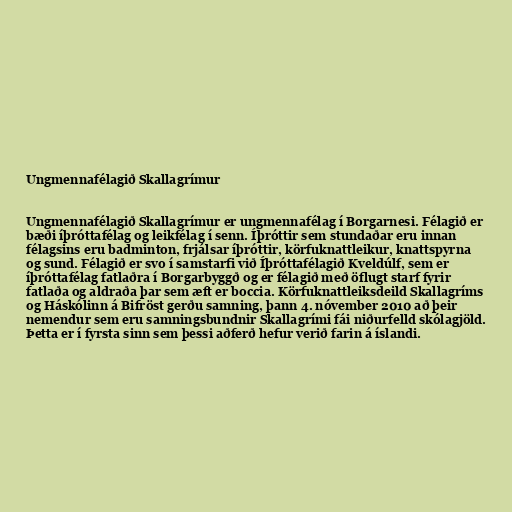
Ungmennafélagið Skallagrímur

Ungmennafélagið Skallagrímur er ungmennafélag í Borgarnesi. Félagið er
bæði íþróttafélag og leikfélag í senn. Íþróttir sem stundaðar eru innan
félagsins eru badminton, frjálsar íþróttir, körfuknattleikur, knattspyrna
og sund. Félagið er svo í samstarfi við Íþróttafélagið Kveldúlf, sem er
íþróttafélag fatlaðra í Borgarbyggð og er félagið með öflugt starf fyrir
fatlaða og aldraða þar sem æft er boccia. Körfuknattleiksdeild Skallagríms
og Háskólinn á Bifröst gerðu samning, þann 4. nóvember 2010 að þeir
nemendur sem eru samningsbundnir Skallagrími fái niðurfelld skólagjöld.
Þetta er í fyrsta sinn sem þessi aðferð hefur verið farin á íslandi.